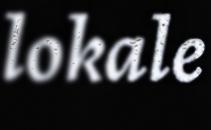
lokale